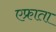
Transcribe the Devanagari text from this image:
एफ्राता